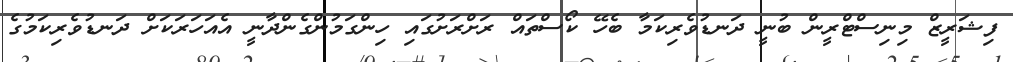
ފިޝަރީޒް މިނިސްޓްރީން ބުނީ ދަނޑުވެރިކަމާ ބެހޭ ކޯސްތައް ރަށްރަށުގައި ހިންގަމުންގެންދާނީ އެއަހަރަކަށް ދަނޑުވެރިކަމުގެ